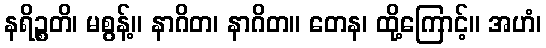
နရိဉ္စတိ၊ မစွန့်။ နာဂိတ၊ နာဂိတ။ တေန၊ ထို့ကြောင့်။ အဟံ၊